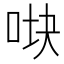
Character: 𰇧